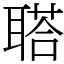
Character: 𦖿